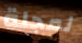
لمجلة